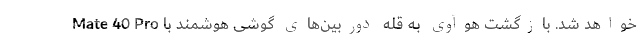
خواهد شد. بازگشت هوآوی به قله دوربین‌های گوشی هوشمند با Mate 40 Pro